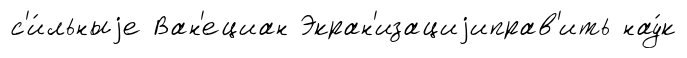
с'и́льныjе Ван'ециан Экран'изациjиправ'ить нау́к